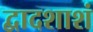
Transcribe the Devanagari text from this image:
द्वादशाशं